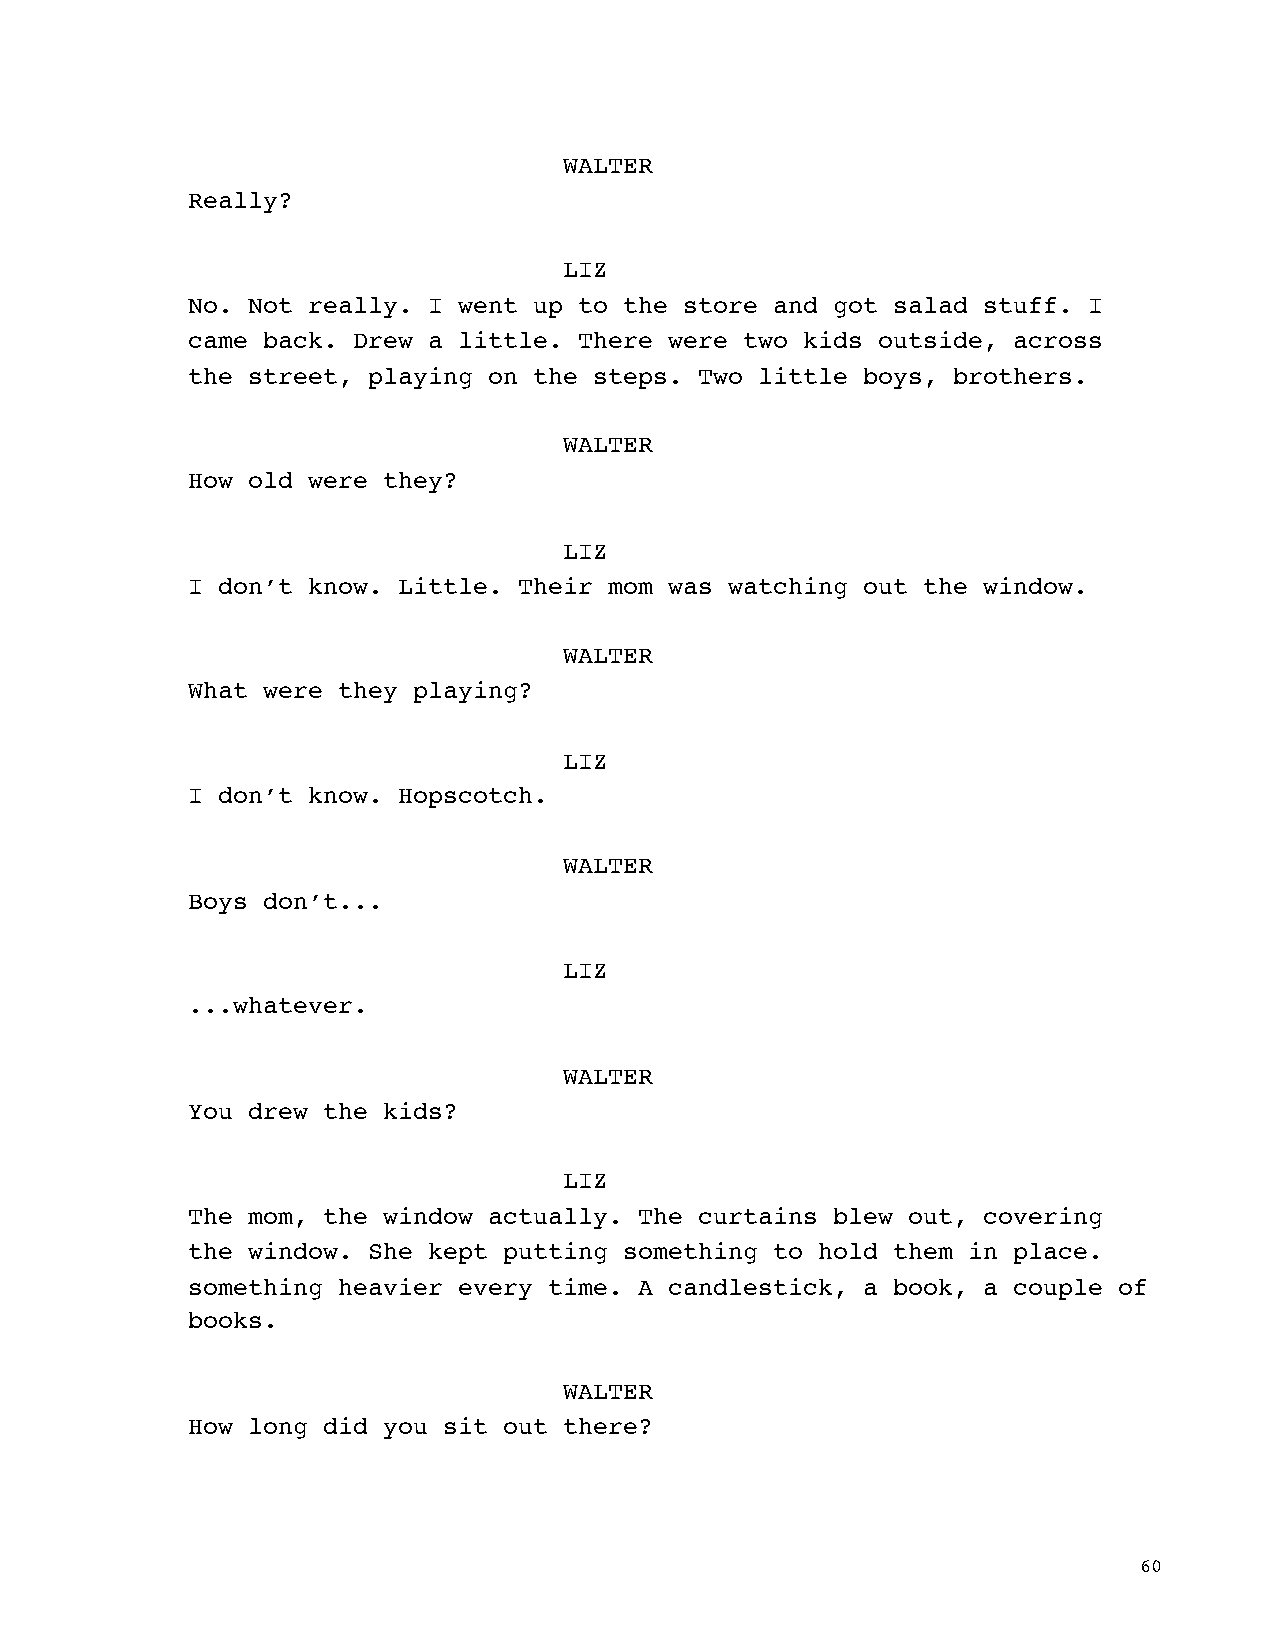
WALTER
 Really?
 LIZ
 No. Not really. I went up to the store and got salad stuff. I
 came back. Drew a little. There were two kids outside, across
 the street, playing on the steps. Two little boys, brothers.
 WALTER
 How old were they?
 LIZ
 I don’t know. Little. Their mom was watching out the window.
 WALTER
 What were they playing?
 LIZ
 I don’t know. Hopscotch.
 WALTER
 Boys don’t...
 LIZ
 ...whatever.
 WALTER
 You drew the kids?
 LIZ
 The mom, the window actually. The curtains blew out, covering
 the window. She kept putting something to hold them in place.
 something heavier every time. A candlestick, a book, a couple of
 books.
 WALTER
 How long did you sit out there?
 60